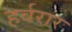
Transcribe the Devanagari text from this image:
हर्वरार